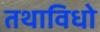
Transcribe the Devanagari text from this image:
तथाविधो